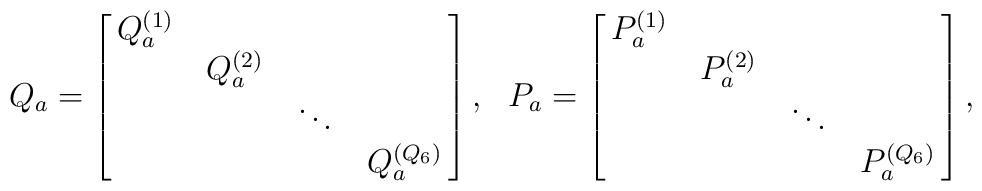
Q_a = \left[ \matrix{Q^{(1)}_a &&& \cr & Q^{(2)}_a && \cr && \ddots &\cr &&& Q^{(Q_6)}_a}\right] , \ \ P_a = \left[ \matrix{P^{(1)}_a &&& \cr & P^{(2)}_a && \cr && \ddots &\cr &&& P^{(Q_6)}_a}\right] ,